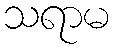
သရာမ